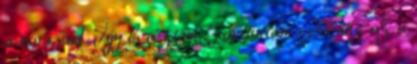
a sorrend. Így benéztem. Javítottam : Kőház az a